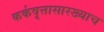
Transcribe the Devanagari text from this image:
कर्कवृत्तासारख्याच